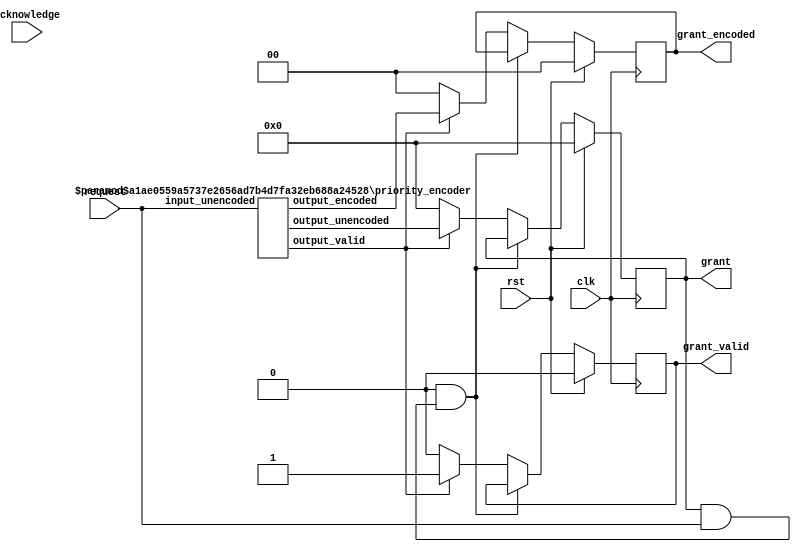
/*

Copyright (c) 2014-2018 Alex Forencich

Permission is hereby granted, free of charge, to any person obtaining a copy
of this software and associated documentation files (the "Software"), to deal
in the Software without restriction, including without limitation the rights
to use, copy, modify, merge, publish, distribute, sublicense, and/or sell
copies of the Software, and to permit persons to whom the Software is
furnished to do so, subject to the following conditions:

The above copyright notice and this permission notice shall be included in
all copies or substantial portions of the Software.

THE SOFTWARE IS PROVIDED "AS IS", WITHOUT WARRANTY OF ANY KIND, EXPRESS OR
IMPLIED, INCLUDING BUT NOT LIMITED TO THE WARRANTIES OF MERCHANTABILITY
FITNESS FOR A PARTICULAR PURPOSE AND NONINFRINGEMENT. IN NO EVENT SHALL THE
AUTHORS OR COPYRIGHT HOLDERS BE LIABLE FOR ANY CLAIM, DAMAGES OR OTHER
LIABILITY, WHETHER IN AN ACTION OF CONTRACT, TORT OR OTHERWISE, ARISING FROM,
OUT OF OR IN CONNECTION WITH THE SOFTWARE OR THE USE OR OTHER DEALINGS IN
THE SOFTWARE.

*/

// Language: Verilog 2001

`timescale 1ns / 1ps

/*
 * Arbiter module
 */
module arbiter #
(
    parameter PORTS = 4,
    // arbitration type: "PRIORITY" or "ROUND_ROBIN"
    parameter TYPE = "PRIORITY",
    // block type: "NONE", "REQUEST", "ACKNOWLEDGE"
    parameter BLOCK = "NONE",
    // LSB priority: "LOW", "HIGH"
    parameter LSB_PRIORITY = "LOW"
)
(
    input  wire                     clk,
    input  wire                     rst,

    input  wire [PORTS-1:0]         request,
    input  wire [PORTS-1:0]         acknowledge,

    output wire [PORTS-1:0]         grant,
    output wire                     grant_valid,
    output wire [$clog2(PORTS)-1:0] grant_encoded
);

reg [PORTS-1:0] grant_reg = 0, grant_next;
reg grant_valid_reg = 0, grant_valid_next;
reg [$clog2(PORTS)-1:0] grant_encoded_reg = 0, grant_encoded_next;

assign grant_valid = grant_valid_reg;
assign grant = grant_reg;
assign grant_encoded = grant_encoded_reg;

wire request_valid;
wire [$clog2(PORTS)-1:0] request_index;
wire [PORTS-1:0] request_mask;

priority_encoder #(
    .WIDTH(PORTS),
    .LSB_PRIORITY(LSB_PRIORITY)
)
priority_encoder_inst (
    .input_unencoded(request),
    .output_valid(request_valid),
    .output_encoded(request_index),
    .output_unencoded(request_mask)
);

reg [PORTS-1:0] mask_reg = 0, mask_next;

wire masked_request_valid;
wire [$clog2(PORTS)-1:0] masked_request_index;
wire [PORTS-1:0] masked_request_mask;

priority_encoder #(
    .WIDTH(PORTS),
    .LSB_PRIORITY(LSB_PRIORITY)
)
priority_encoder_masked (
    .input_unencoded(request & mask_reg),
    .output_valid(masked_request_valid),
    .output_encoded(masked_request_index),
    .output_unencoded(masked_request_mask)
);

always @* begin
    grant_next = 0;
    grant_valid_next = 0;
    grant_encoded_next = 0;
    mask_next = mask_reg;

    if (BLOCK == "REQUEST" && grant_reg & request) begin
        // granted request still asserted; hold it
        grant_valid_next = grant_valid_reg;
        grant_next = grant_reg;
        grant_encoded_next = grant_encoded_reg;
    end else if (BLOCK == "ACKNOWLEDGE" && grant_valid && !(grant_reg & acknowledge)) begin
        // granted request not yet acknowledged; hold it
        grant_valid_next = grant_valid_reg;
        grant_next = grant_reg;
        grant_encoded_next = grant_encoded_reg;
    end else if (request_valid) begin
        if (TYPE == "PRIORITY") begin
            grant_valid_next = 1;
            grant_next = request_mask;
            grant_encoded_next = request_index;
        end else if (TYPE == "ROUND_ROBIN") begin
            if (masked_request_valid) begin
                grant_valid_next = 1;
                grant_next = masked_request_mask;
                grant_encoded_next = masked_request_index;
                if (LSB_PRIORITY == "LOW") begin
                    mask_next = {PORTS{1'b1}} >> (PORTS - masked_request_index);
                end else begin
                    mask_next = {PORTS{1'b1}} << (masked_request_index + 1);
                end
            end else begin
                grant_valid_next = 1;
                grant_next = request_mask;
                grant_encoded_next = request_index;
                if (LSB_PRIORITY == "LOW") begin
                    mask_next = {PORTS{1'b1}} >> (PORTS - request_index);
                end else begin
                    mask_next = {PORTS{1'b1}} << (request_index + 1);
                end
            end
        end
    end
end

always @(posedge clk) begin
    if (rst) begin
        grant_reg <= 0;
        grant_valid_reg <= 0;
        grant_encoded_reg <= 0;
        mask_reg <= 0;
    end else begin
        grant_reg <= grant_next;
        grant_valid_reg <= grant_valid_next;
        grant_encoded_reg <= grant_encoded_next;
        mask_reg <= mask_next;
    end
end

endmodule


/*

Copyright (c) 2014-2018 Alex Forencich

Permission is hereby granted, free of charge, to any person obtaining a copy
of this software and associated documentation files (the "Software"), to deal
in the Software without restriction, including without limitation the rights
to use, copy, modify, merge, publish, distribute, sublicense, and/or sell
copies of the Software, and to permit persons to whom the Software is
furnished to do so, subject to the following conditions:

The above copyright notice and this permission notice shall be included in
all copies or substantial portions of the Software.

THE SOFTWARE IS PROVIDED "AS IS", WITHOUT WARRANTY OF ANY KIND, EXPRESS OR
IMPLIED, INCLUDING BUT NOT LIMITED TO THE WARRANTIES OF MERCHANTABILITY
FITNESS FOR A PARTICULAR PURPOSE AND NONINFRINGEMENT. IN NO EVENT SHALL THE
AUTHORS OR COPYRIGHT HOLDERS BE LIABLE FOR ANY CLAIM, DAMAGES OR OTHER
LIABILITY, WHETHER IN AN ACTION OF CONTRACT, TORT OR OTHERWISE, ARISING FROM,
OUT OF OR IN CONNECTION WITH THE SOFTWARE OR THE USE OR OTHER DEALINGS IN
THE SOFTWARE.

*/

// Language: Verilog 2001

`timescale 1ns / 1ps

/*
 * Priority encoder module
 */
module priority_encoder #
(
    parameter WIDTH = 4,
    // LSB priority: "LOW", "HIGH"
    parameter LSB_PRIORITY = "LOW"
)
(
    input  wire [WIDTH-1:0]         input_unencoded,
    output wire                     output_valid,
    output wire [$clog2(WIDTH)-1:0] output_encoded,
    output wire [WIDTH-1:0]         output_unencoded
);

// power-of-two width
parameter W1 = 2**$clog2(WIDTH);
parameter W2 = W1/2;

generate
    if (WIDTH == 2) begin
        // two inputs - just an OR gate
        assign output_valid = |input_unencoded;
        if (LSB_PRIORITY == "LOW") begin
            assign output_encoded = input_unencoded[1];
        end else begin
            assign output_encoded = ~input_unencoded[0];
        end
    end else begin
        // more than two inputs - split into two parts and recurse
        // also pad input to correct power-of-two width
        wire [$clog2(W2)-1:0] out1, out2;
        wire valid1, valid2;
        priority_encoder #(
            .WIDTH(W2),
            .LSB_PRIORITY(LSB_PRIORITY)
        )
        priority_encoder_inst1 (
            .input_unencoded(input_unencoded[W2-1:0]),
            .output_valid(valid1),
            .output_encoded(out1)
        );
        priority_encoder #(
            .WIDTH(W2),
            .LSB_PRIORITY(LSB_PRIORITY)
        )
        priority_encoder_inst2 (
            .input_unencoded({{W1-WIDTH{1'b0}}, input_unencoded[WIDTH-1:W2]}),
            .output_valid(valid2),
            .output_encoded(out2)
        );
        // multiplexer to select part
        assign output_valid = valid1 | valid2;
        if (LSB_PRIORITY == "LOW") begin
            assign output_encoded = valid2 ? {1'b1, out2} : {1'b0, out1};
        end else begin
            assign output_encoded = valid1 ? {1'b0, out1} : {1'b1, out2};
        end
    end
endgenerate

// unencoded output
assign output_unencoded = 1 << output_encoded;

endmodule